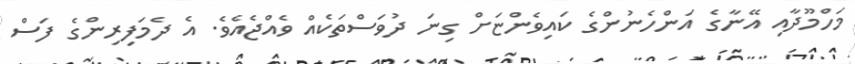
މަހްމޫދާއި އޭނާގެ އަންހެނުންގެ ކައިވެންޏަށް ގިނަ ދުވަސްތަކެއް ވެއްޖެއެވެ. އެ ދެމަފިިރިންގެ ފަސް